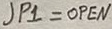
Text: JP1 = OPEN